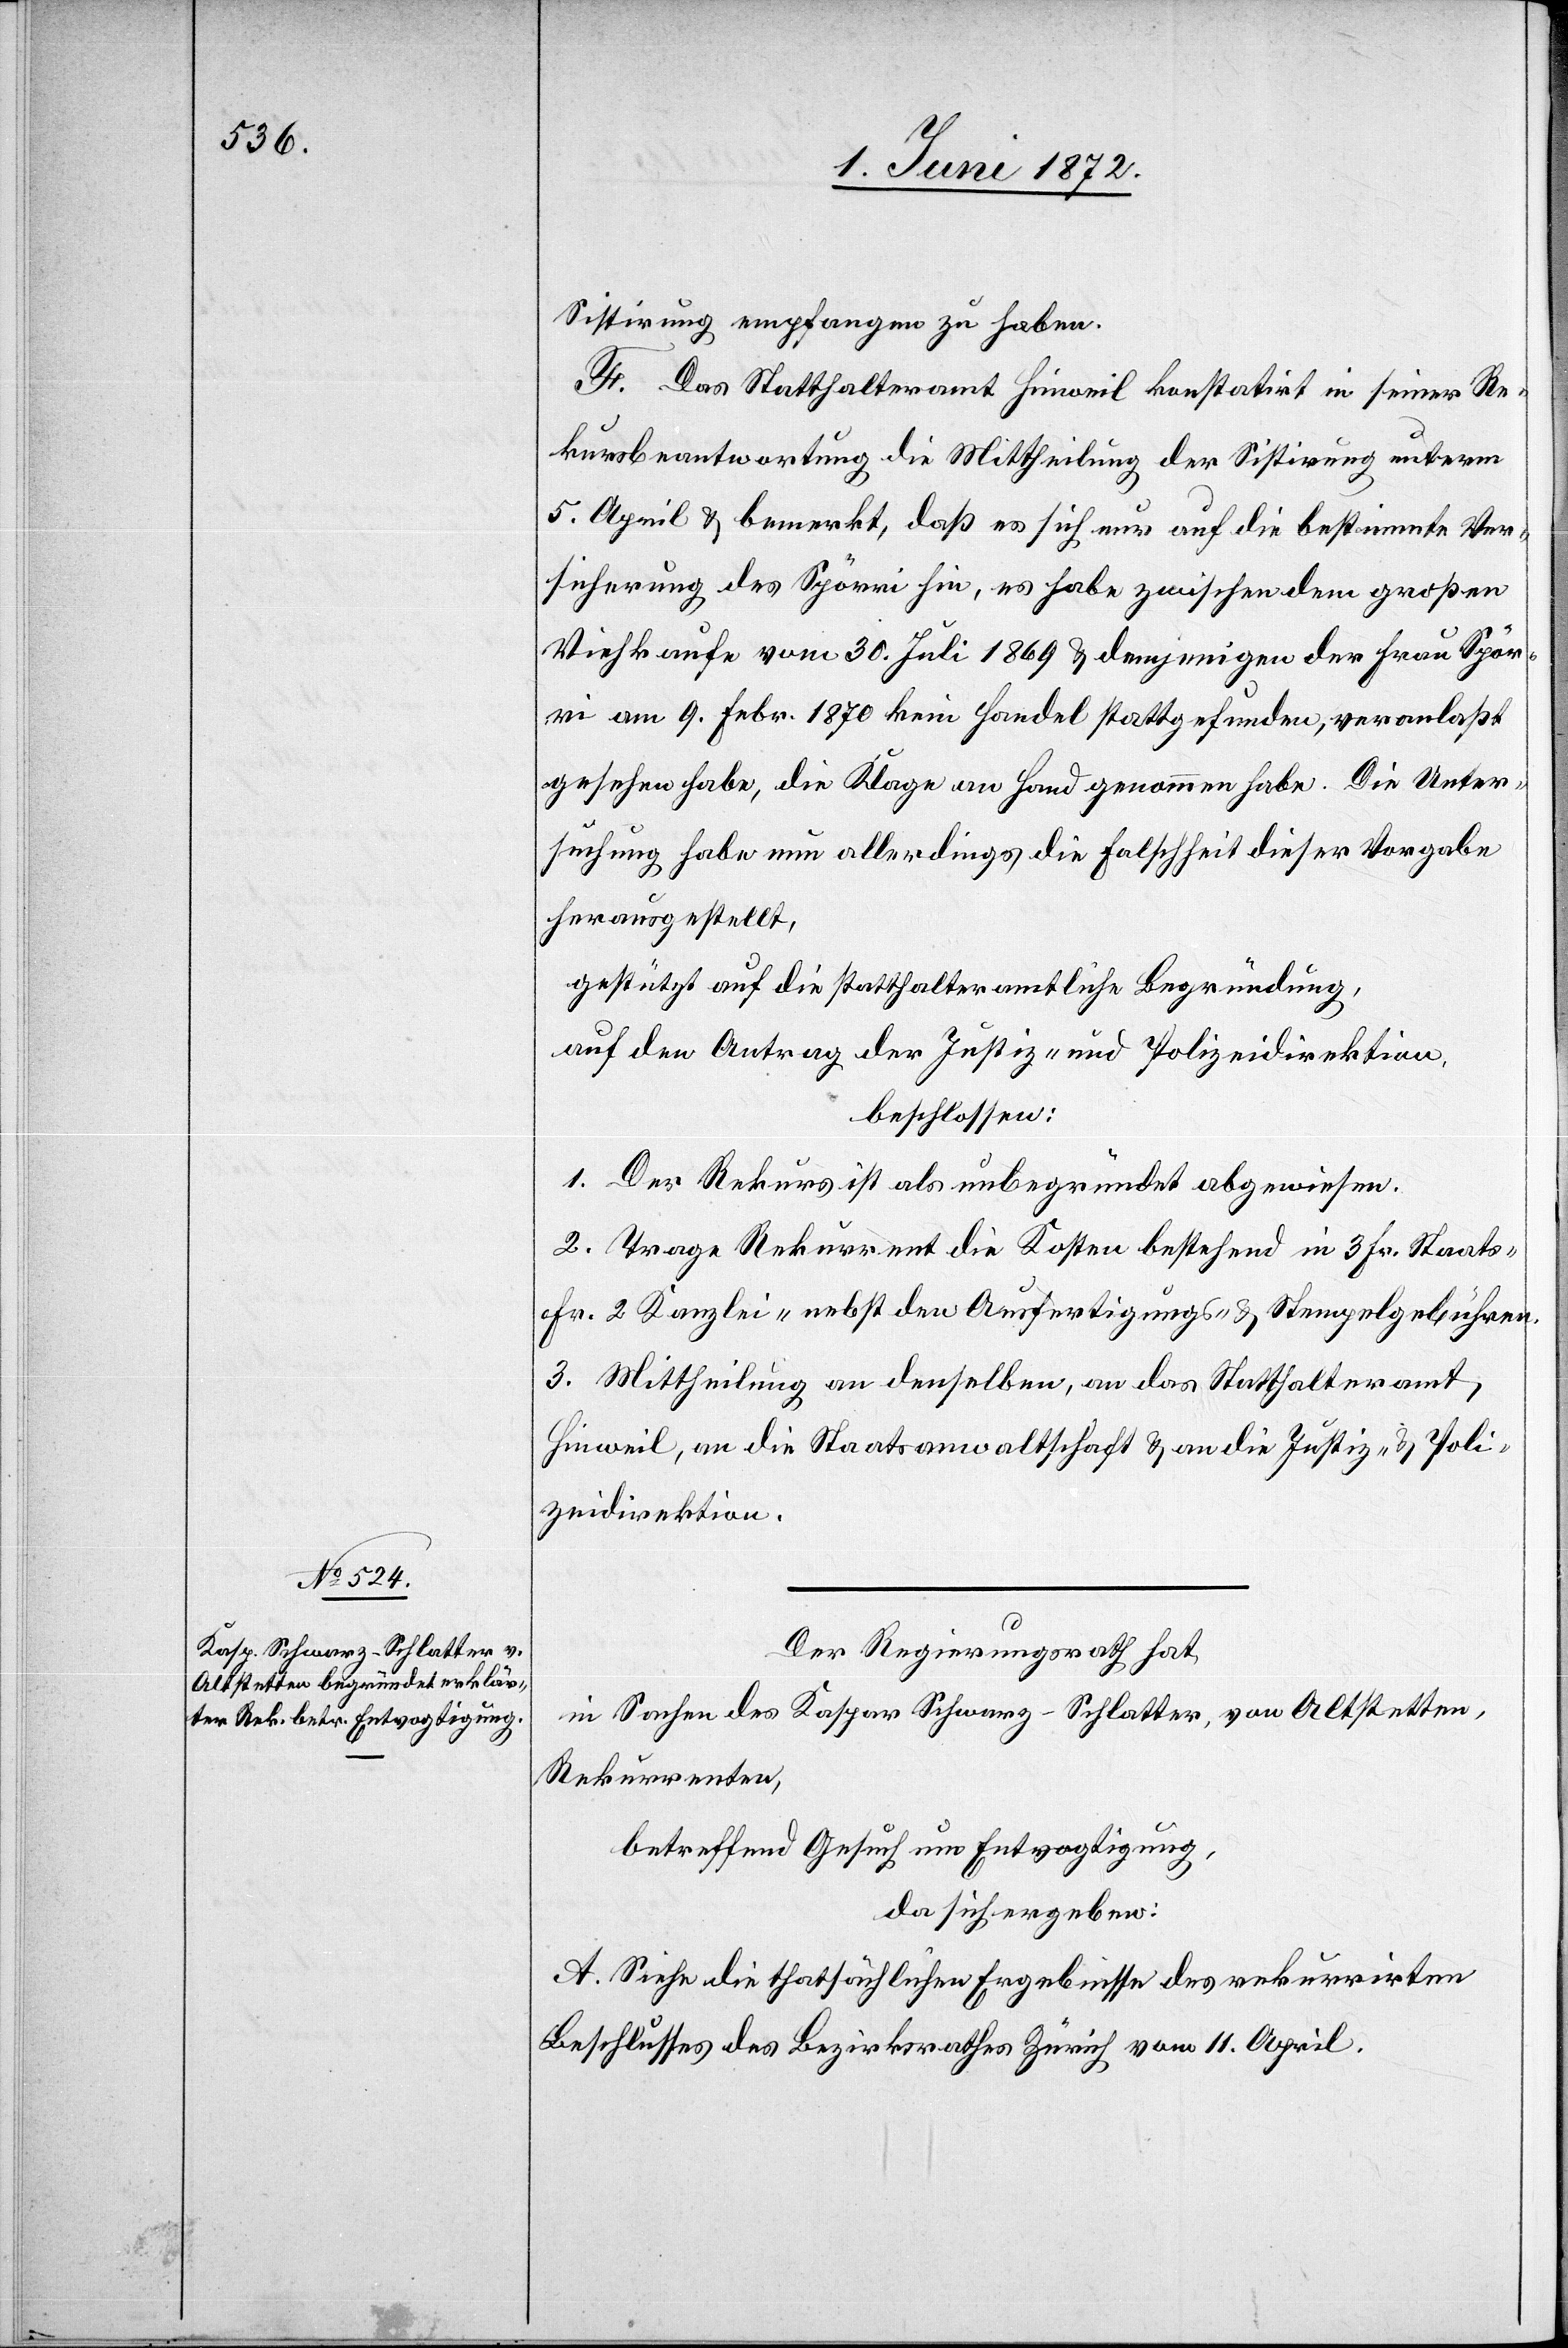
Sistirung empfangen zu haben.
F. Das Statthalteramt Hinweil konstatirt in seiner Re¬
kursbeantwortung die Mittheilung der Sistirung unterm
5. April u. bemerkt, daß es sich nur auf die bestimmte Ver¬
sicherung des Spörri hin, es habe zwischen dem großen
Viehkaufe vom 30. Juli 1869 u. demjenigen der Frau Spör¬
ri am 9. Febr. 1870 kein Handel stattgefunden, veranlaßt
gesehen habe, die Klage an Hand genommen habe [sic!]. Die Unter¬
suchung habe nun allerdings die Falschheit dieser Vorgabe
herausgestellt.
gestützt auf die statthalteramtliche Begründung,
auf den Antrag der Justiz- u. Polizeidirektion,
beschlossen:
1. Der Rekurs ist als unbegründet abgewiesen.
2. Trage Rekurrent die Kosten bestehend in 3 Fr. Staats-[,]
Fr. 2 Kanzlei-[,] nebst den Ausfertigungs- u. Stempelgebühren.
3. Mittheilung an denselben, an das Statthalteramt
Hinweil, an die Staatsanwaltschaft u. an die Justiz- u. Poli¬
zeidirektion.
Der Regierungsrath hat,
in Sachen des Kaspar Schwarz-Schlatter, von Altstetten,
Rekurrenten
betreffend Gesuch um Entvogtigung,
da sich ergeben:
A. Siehe die thatsächlichen Ergebnisse des rekurrirten
Beschlusses des Bezirksrathes Zürich vom 11. April.